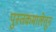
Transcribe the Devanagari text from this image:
पुस्तकमालेतून